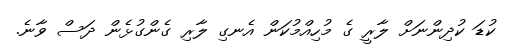
ކުޑަ ކުދިންނަށް ލާރީ ގެ މުހިއްމުކަން އެނގި ލާރި ގެންގުޅެން ދަސް ވާނެ.